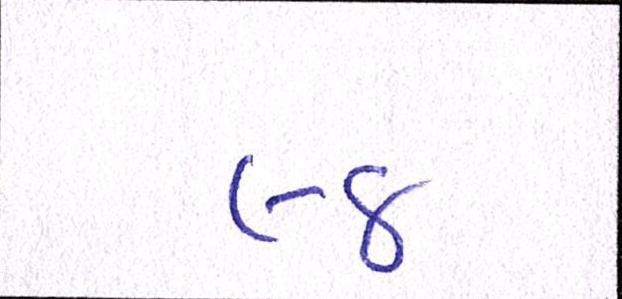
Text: ૯૪